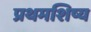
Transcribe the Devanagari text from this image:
प्रथमशिष्य